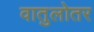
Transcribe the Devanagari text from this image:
वातुलोतर